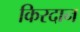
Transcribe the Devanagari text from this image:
किरदान